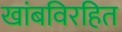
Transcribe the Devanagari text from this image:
खांबविरहित